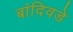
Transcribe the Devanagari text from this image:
बांदिवडे